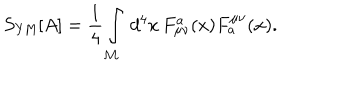
LaTeX: S _ { \mathrm { Y M } } [ A ] = \frac { 1 } { 4 } \int _ { \cal M } \, d ^ { 4 } x \, F _ { \mu \nu } ^ { a } ( x ) F _ { a } ^ { \mu \nu } ( x ) .